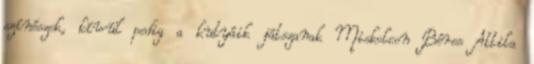
színészek, kívül pedig a kutyáik játszanak Miskolcon Béres Attila